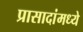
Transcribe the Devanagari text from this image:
प्रासादांमध्ये